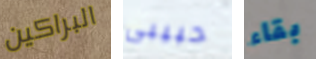
البراكين حبيبى بقاء